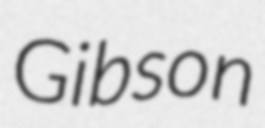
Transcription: Gibson